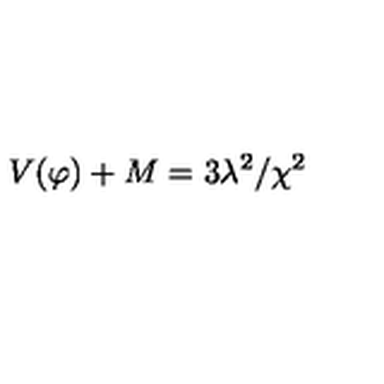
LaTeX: V ( \varphi ) + M = 3 \lambda ^ { 2 } / \chi ^ { 2 }